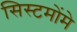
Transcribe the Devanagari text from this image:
सिस्टमोंमे